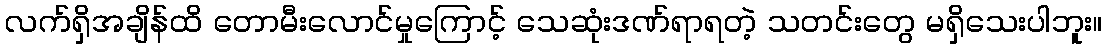
လက်ရှိအချိန်ထိ တောမီးလောင်မှုကြောင့် သေဆုံးဒဏ်ရာရတဲ့ သတင်းတွေ မရှိသေးပါဘူး။